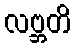
လဗ္ဘတိ